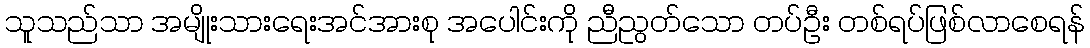
သူသည်သာ အမျိုးသားရေးအင်အားစု အပေါင်းကို ညီညွတ်သော တပ်ဦး တစ်ရပ်ဖြစ်လာစေရန်